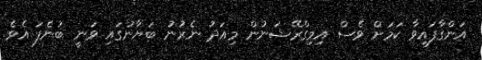
އަންގާފައިވާ ކަމަށް ވެސް އިމިގްރޭޝަނުން މިއަދު ނެރުނު ބަޔާނުގައި ވަނީ ބުނެފަ އެވެ.